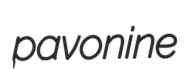
pavonine